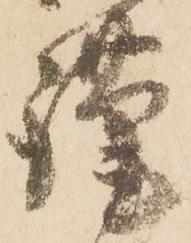
謹